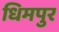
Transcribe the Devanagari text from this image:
धिमपुर